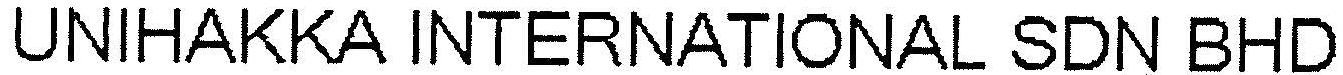
UNIHAKKA INTERNATIONAL SDN BHD